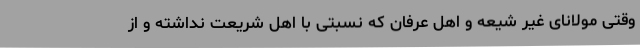
وقتی مولانای غیر شیعه و اهل عرفان که نسبتی با اهل شریعت نداشته و از